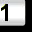
Digit: 1